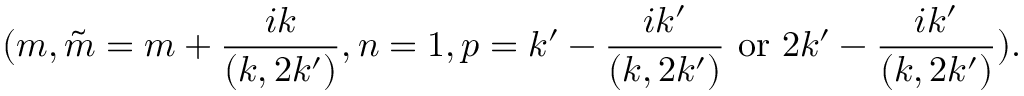
( m , \tilde { m } = m + \frac { i k } { ( k , 2 k ^ { \prime } ) } , n = 1 , p = k ^ { \prime } - \frac { i k ^ { \prime } } { ( k , 2 k ^ { \prime } ) } \mathrm { ~ o r ~ } 2 k ^ { \prime } - \frac { i k ^ { \prime } } { ( k , 2 k ^ { \prime } ) } ) .